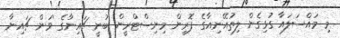
މި މައްސަލައާ ގުޅިގެން ލިތުއޭނިއާގެ ފޮރިން މިނިސްޓްރީން ބުނީ ޗައިނާގެ 'ވަން ޗައިނާ